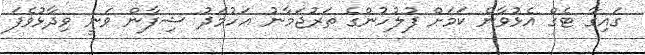
ގައިގާ ޓެގް އެޅުވާނެ ކަމަށް ފުލުހުންގެ ތަރުޖަމާނު އަހުމަދު ޝިފާން ވަނީ ވިދާޅުވެފަ